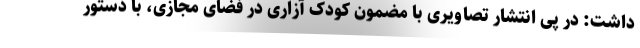
داشت: در پی انتشار تصاویری با مضمون کودک آزاری در فضای مجازی، با دستور